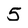
Character: 5